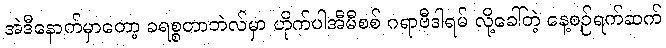
အဲဒီနောက်မှာတော့ ခရစ္စတာဘဲလ်မှာ ဟိုက်ပါအီမီစစ် ဂရာဗီဒါရမ် လို့ခေါ်တဲ့ နေ့စဉ်ရက်ဆက်